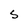
Character: S